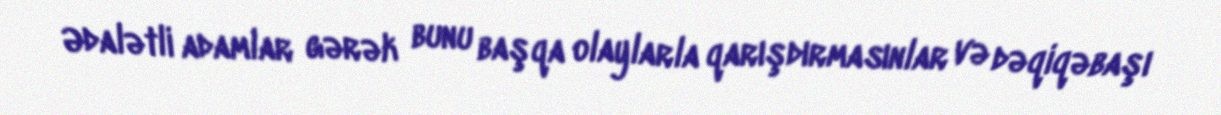
Ədalətli adamlar gərək bunu başqa olaylarla qarışdırmasınlar və dəqiqəbaşı